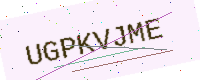
Text: UGPKVJME